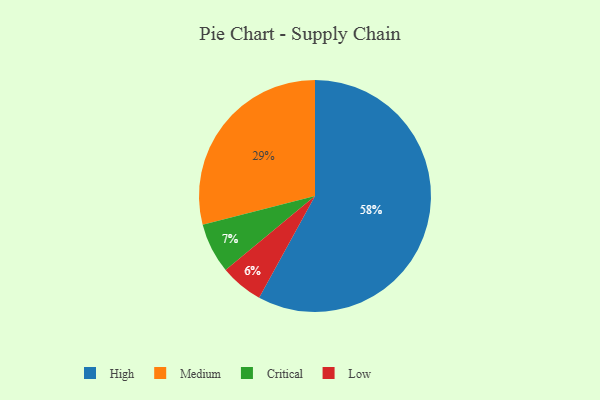
{"axis": {"x": "Category", "y": "Percentage"}, "legend": ["Critical", "High", "Low", "Medium"], "data": [{"x": "High", "y": 58, "type": "High"}, {"x": "Critical", "y": 7, "type": "Critical"}, {"x": "Medium", "y": 29, "type": "Medium"}, {"x": "Low", "y": 6, "type": "Low"}]}